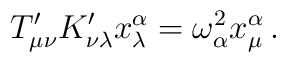
T'_{\mu\nu} K'_{\nu\lambda} x^\alpha_\lambda =   \omega_\alpha^2 x^\alpha_\mu\,.